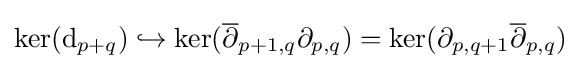
\ker(\mathrm {d} _{p+q})\hookrightarrow \ker({\overline {\partial }}_{p+1,q}\partial _{p,q})=\ker(\partial _{p,q+1}{\overline {\partial }}_{p,q})